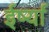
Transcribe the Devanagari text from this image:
ईर्ष्‍या